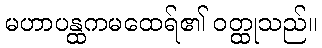
မဟာပန္ထကမထေရ်၏ ဝတ္ထုသည်။